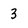
Character: 3